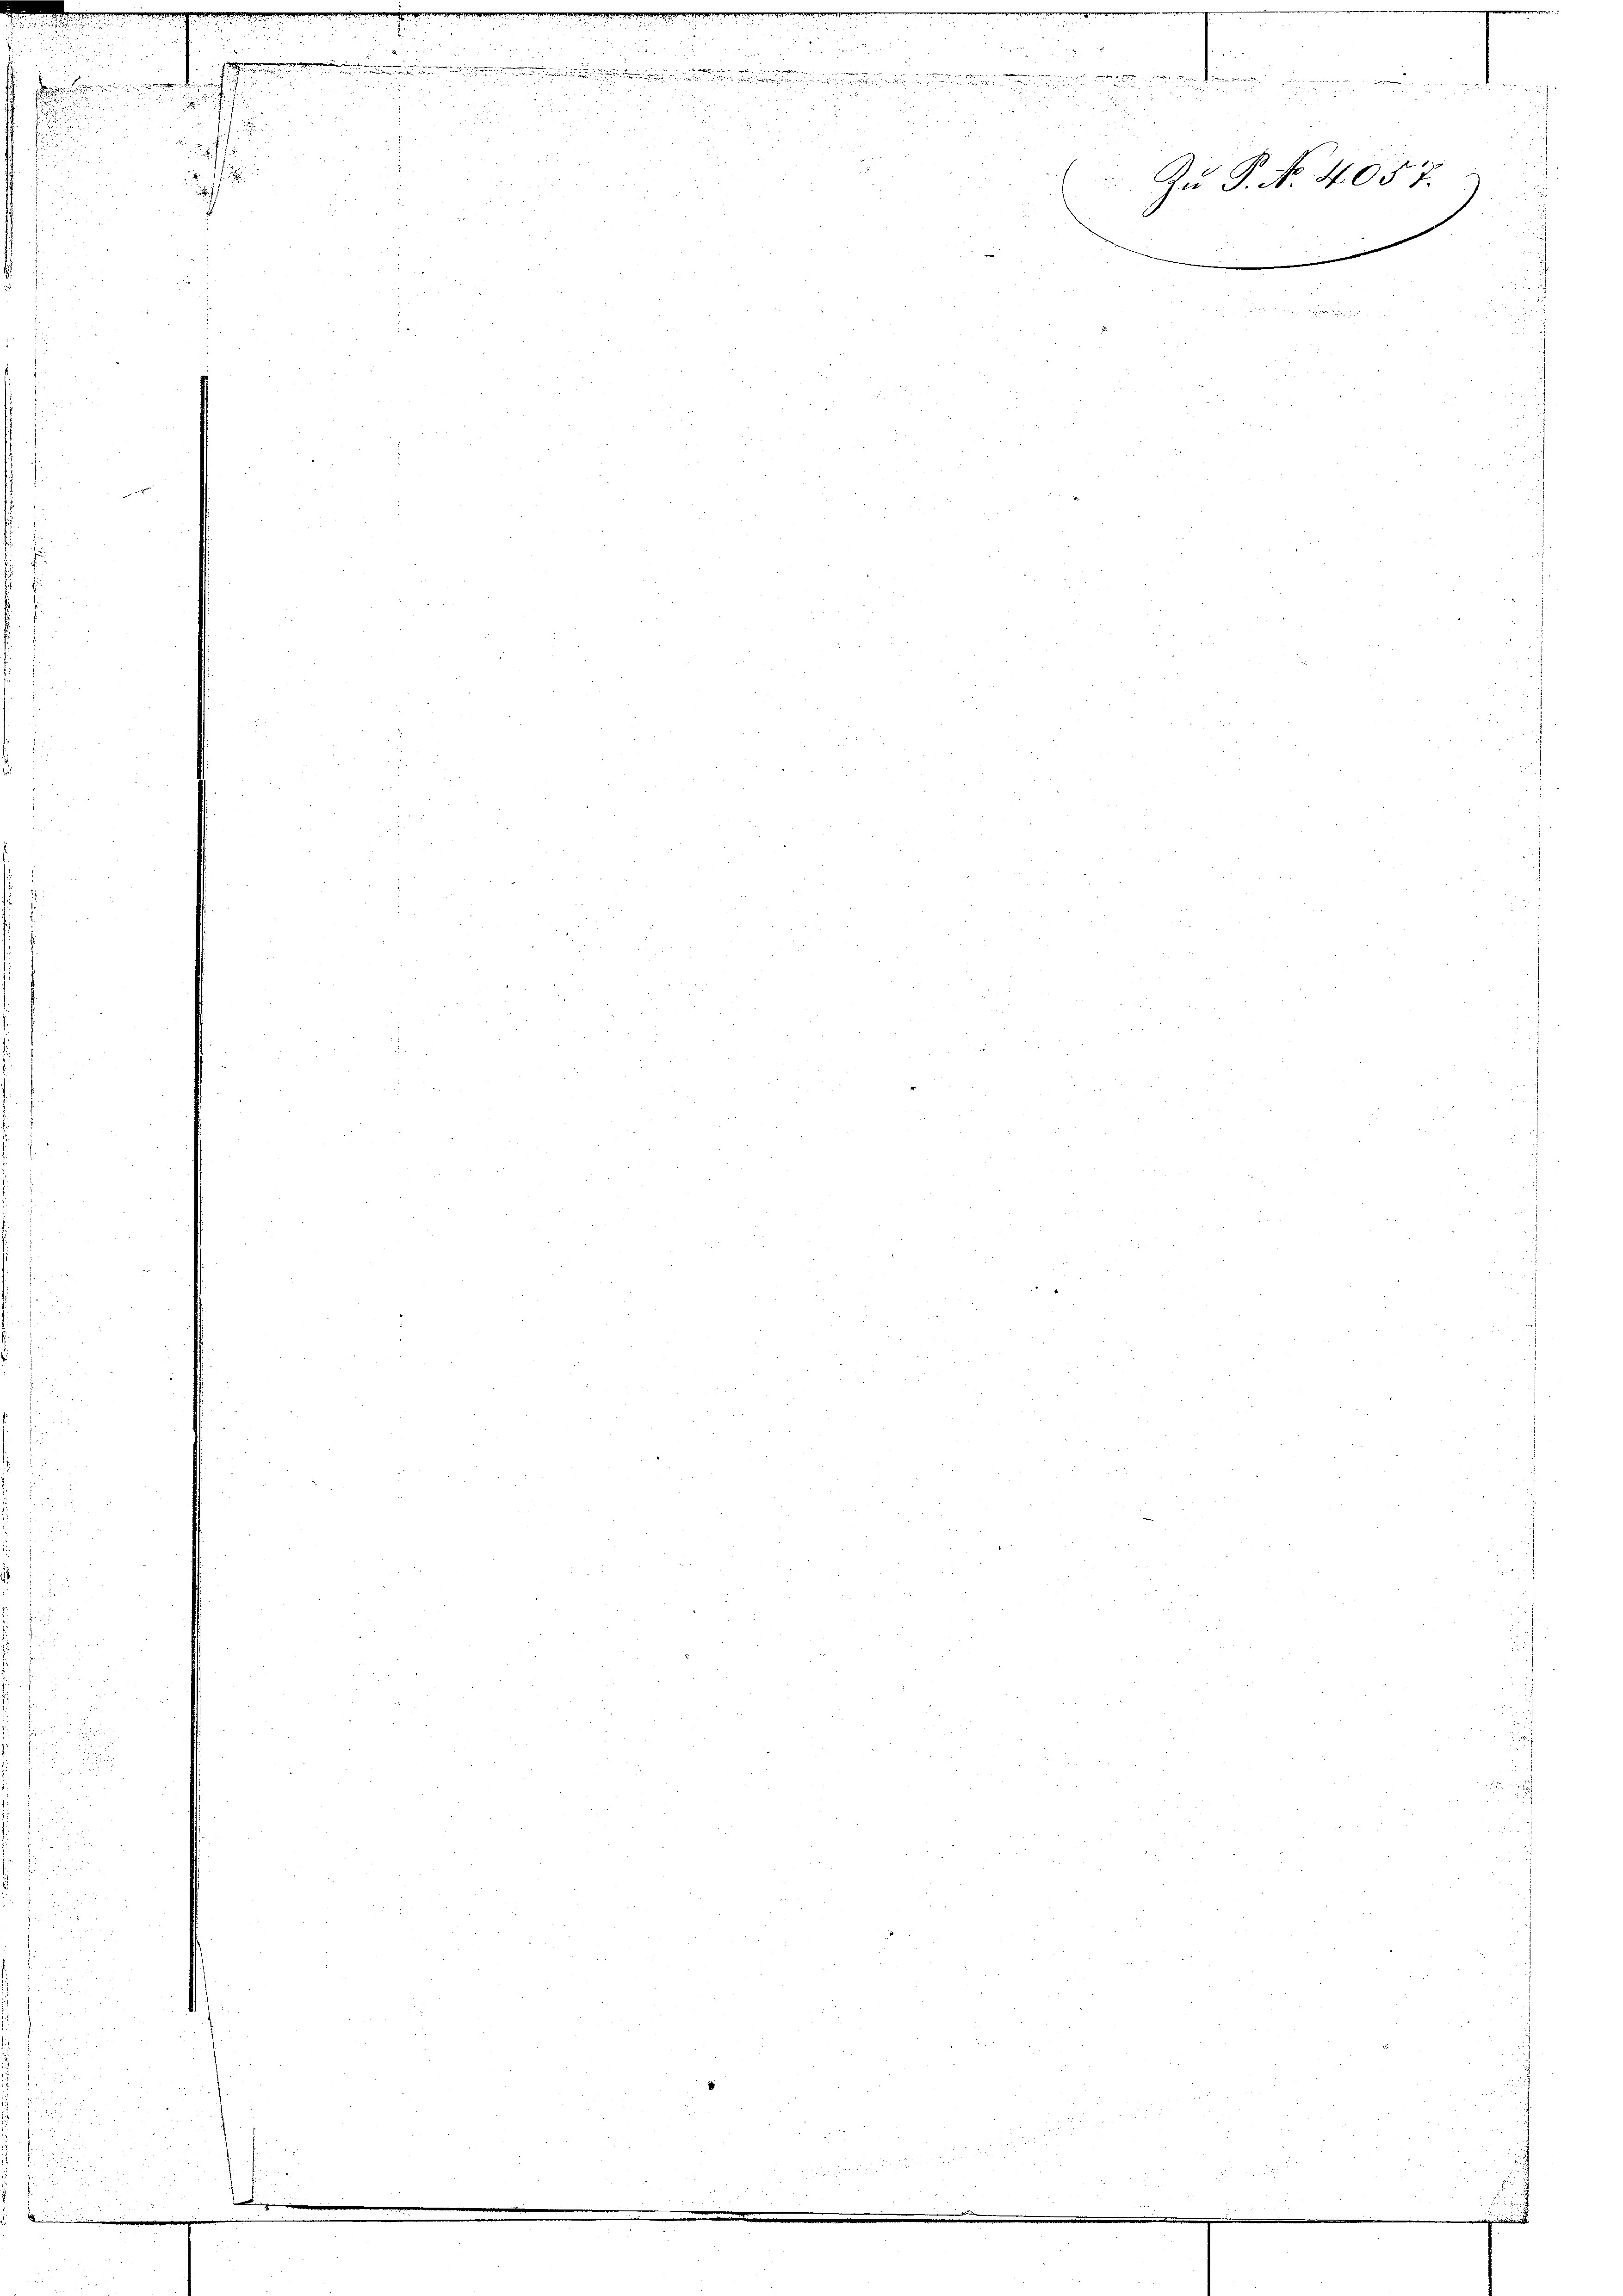
e
.
u
d
 2

.
u
a

.

 x

f

e
8

 xx
2

2
2

n

.

Zu P. No. 4057.
e